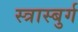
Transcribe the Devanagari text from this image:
स्त्रास्बुर्ग